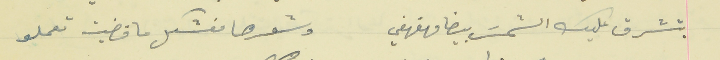
بتشرق عليك الشمسَ بيضا مهفهفي                           وشعرها مفشكل ما فضيت تعملو